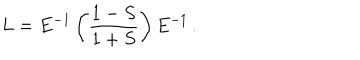
LaTeX: L = E ^ { - 1 } \left( \frac { 1 - S } { 1 + S } \right) E ^ { - 1 } \, .